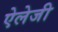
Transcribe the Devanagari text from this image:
ऐलेजी